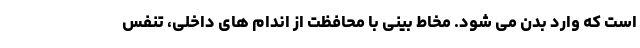
است که وارد بدن می شود. مخاط بینی با محافظت از اندام های داخلی، تنفس